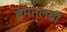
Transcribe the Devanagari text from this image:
बेमतलबी